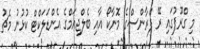
މި ގްރޫޕުގައި ރޭ ފްރާންސްގެ މޮނާކޯ އާއި ބެލްޖިއަމްގެ އެންޑަލަކްޓް ކުޅުނު މެޗު